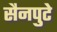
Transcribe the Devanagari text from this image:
सैनपुटे